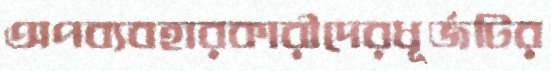
অপব্যবহারকারীদেরধূর্জটির